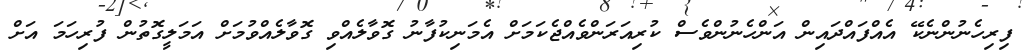
ފިރިހެނުންނެކޭ އެއްފައްދައިން އަންހެނުންވެސް ކުރިއަރަންވެއްޖެކަމަށް އެމަނިކުފާނު ގޮވާލެއްވި ގޮވާލެއްވުމަށް އަމަލީގޮތުން ފުރިހަމަ އަށް